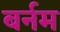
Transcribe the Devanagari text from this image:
बर्नम